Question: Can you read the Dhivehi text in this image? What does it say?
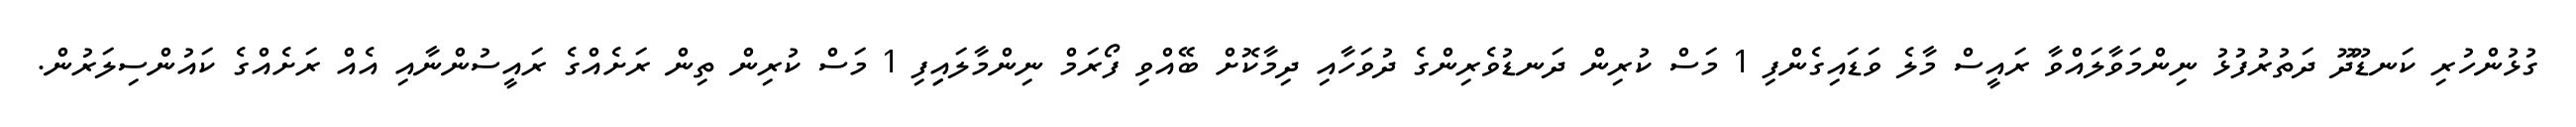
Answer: ގުޅުންހުރި ކަނޑޫދޫ ދަތުރުފުޅު ނިންމަވާލައްވާ ރައީސް މާލެ ވަޑައިގެންފި 1 މަސް ކުރިން ދަނޑުވެރިންގެ ދުވަހާއި ދިމާކޮށް ބޭއްވި ފޯރަމް ނިންމާލައިިފި 1 މަސް ކުރިން ތިން ރަށެއްގެ ރައީސުންނާއި އެއް ރަށެއްގެ ކައުންސިލަރުން.